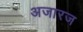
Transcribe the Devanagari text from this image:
अजारज